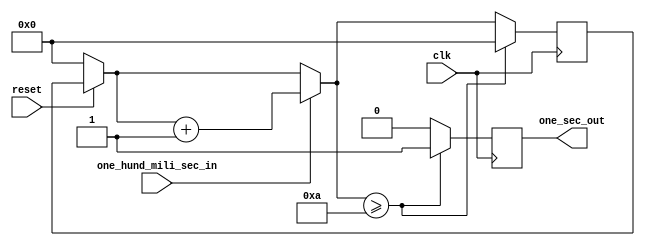
//ECE6370
//Module name: CountToTen
//receive signal from OneHundMiliSecMoudle and count ten times
//and generate output signal every second that is fed into digit timers.
module CountToTen(
    input one_hund_mili_sec_in,
    input clk,
    input reset,
    output reg one_sec_out
);

    //reg[1:0] count;
    reg[3:0] count;
    always@(posedge clk) begin
        if(reset == 1'b0) begin
	    count = 0;
	    one_sec_out = 0;
        end
	if(one_sec_out == 1'b1) one_sec_out = 1'b0; 
        if(one_hund_mili_sec_in == 1'b1)
	    count = count + 1;
        if(count >= 4'b1010) begin //4'b1010 //2'b10
	    one_sec_out = 1'b1;
	    count = 0;
	end
    end
endmodule